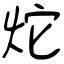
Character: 炨